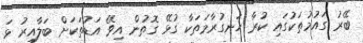
ބޭރު ގައުމުތަކުގައި ކުރާ ހަނގުރާމަތަކާ ގުޅޭ ގޮތުން އިވޭ އަޑުތަކަށް ބަލާއިރު ޅަ